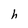
Character: h